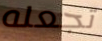
تجعله